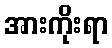
အားကိုးရာ